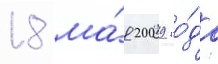
18 ма́я 2009 го́да